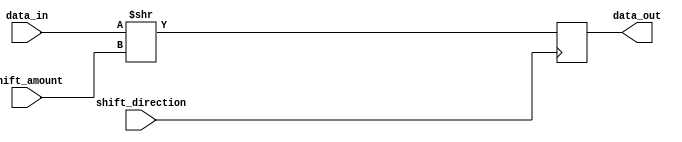
module barrel_shifter (
    input [7:0] data_in,
    input [2:0] shift_amount,
    input shift_direction,
    output reg [7:0] data_out
);

reg [7:0] temp_data;

always @ (posedge shift_direction)
begin
    if (shift_direction == 1'b0) // left shift
        temp_data = data_in << shift_amount;
    else // right shift
        temp_data = data_in >> shift_amount;
end

assign data_out = temp_data;

endmodule